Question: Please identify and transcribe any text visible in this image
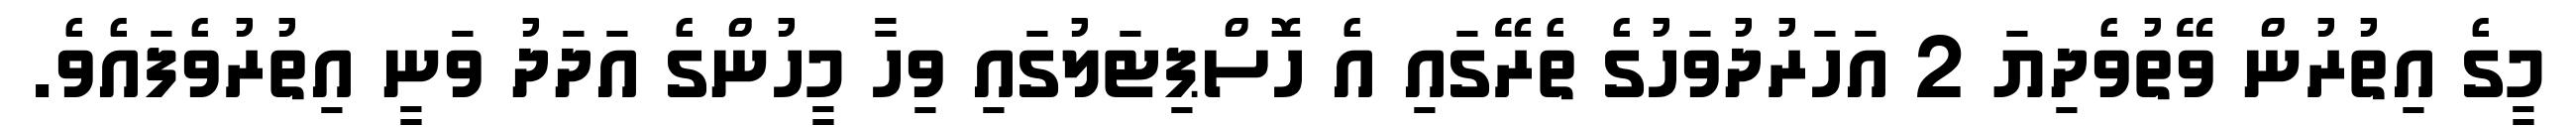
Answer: މީގެ އިތުރުން ވޭތުވެދިޔަ 2 އަހަރުދުވަހުގެ ތެރޭގައި އެ ހޮސްޕިޓަލުގައި ވިހާ މީހުންގެ އަދަދު ވަނީ އިތުރުވެފައެވެ.